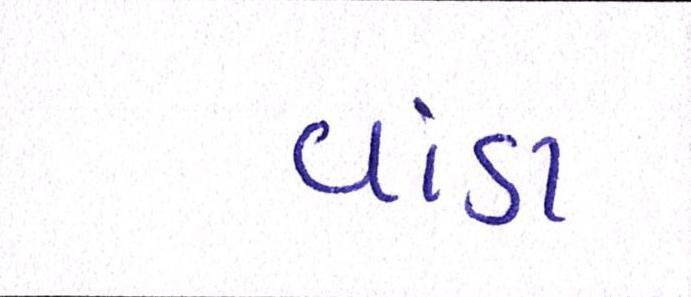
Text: વાંડા